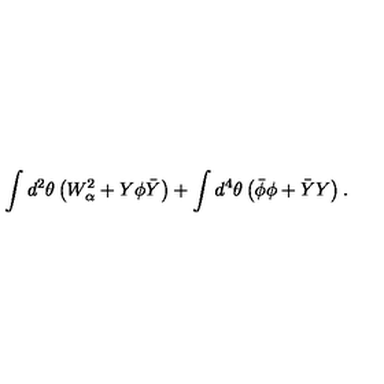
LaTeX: \int d ^ { 2 } \theta \left( W _ { \alpha } ^ { 2 } + Y \phi \bar { Y } \right) + \int d ^ { 4 } \theta \left( \bar { \phi } \phi + \bar { Y } Y \right) .